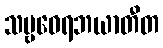
သဗ္ဗဝေရဘယာတီတ